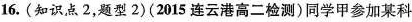
16.(知识点2，题型2)(2015连云港高二检测)同学甲参加某科